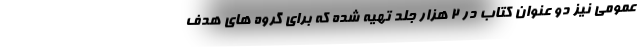
عمومی نیز دو عنوان کتاب در 2 هزار جلد تهیه شده که برای گروه های هدف